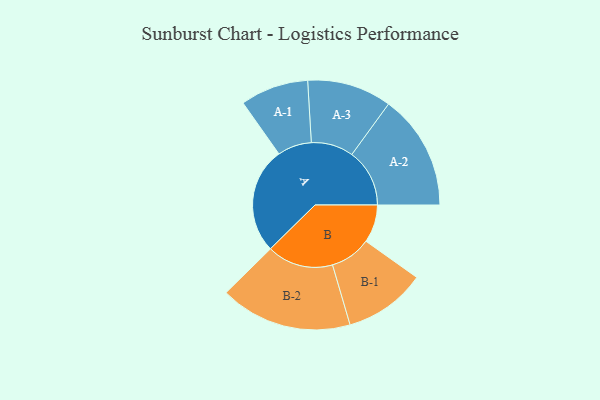
{"axis": {"x": "Segment", "y": "Value"}, "legend": ["", "A", "B"], "data": [{"x": "A", "y": 418, "type": ""}, {"x": "B", "y": 149, "type": ""}, {"x": "A-1", "y": 134, "type": "A"}, {"x": "A-2", "y": 227, "type": "A"}, {"x": "A-3", "y": 166, "type": "A"}, {"x": "B-1", "y": 161, "type": "B"}, {"x": "B-2", "y": 260, "type": "B"}]}